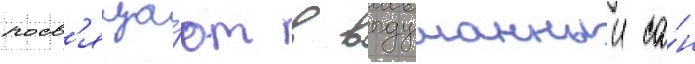
посв'яща́ют в выдуманныи са́н